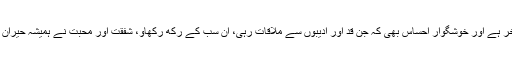
ہمیں فخر ہے اور خوشگوار احساس بھی کہ جن قد آور ادیبوں سے ملاقات رہی، ان سب کے رکھ رکھاؤ، شفقت اور محبت نے ہمیشہ حیران ہی کیا۔